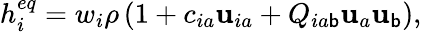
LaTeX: h_{i}^{eq}=w_{i}\rho\left(1+c_{ia}\mathbf{u}_{ia}+Q_{ia\mathsf{b}}\mathbf{u}_{a}\mathbf{u}_{\mathsf{b}}\right),